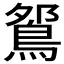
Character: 𫚹